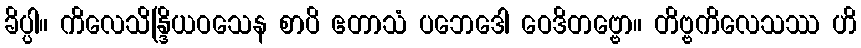
ခိပ္ပါ။ ကိလေသိန္ဒြိယဝသေန စာပိ ဧတာသံ ပဘေဒေါ ဝေဒိတဗ္ဗော။ တိဗ္ဗကိလေသဿ ဟိ